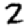
Digit: 2